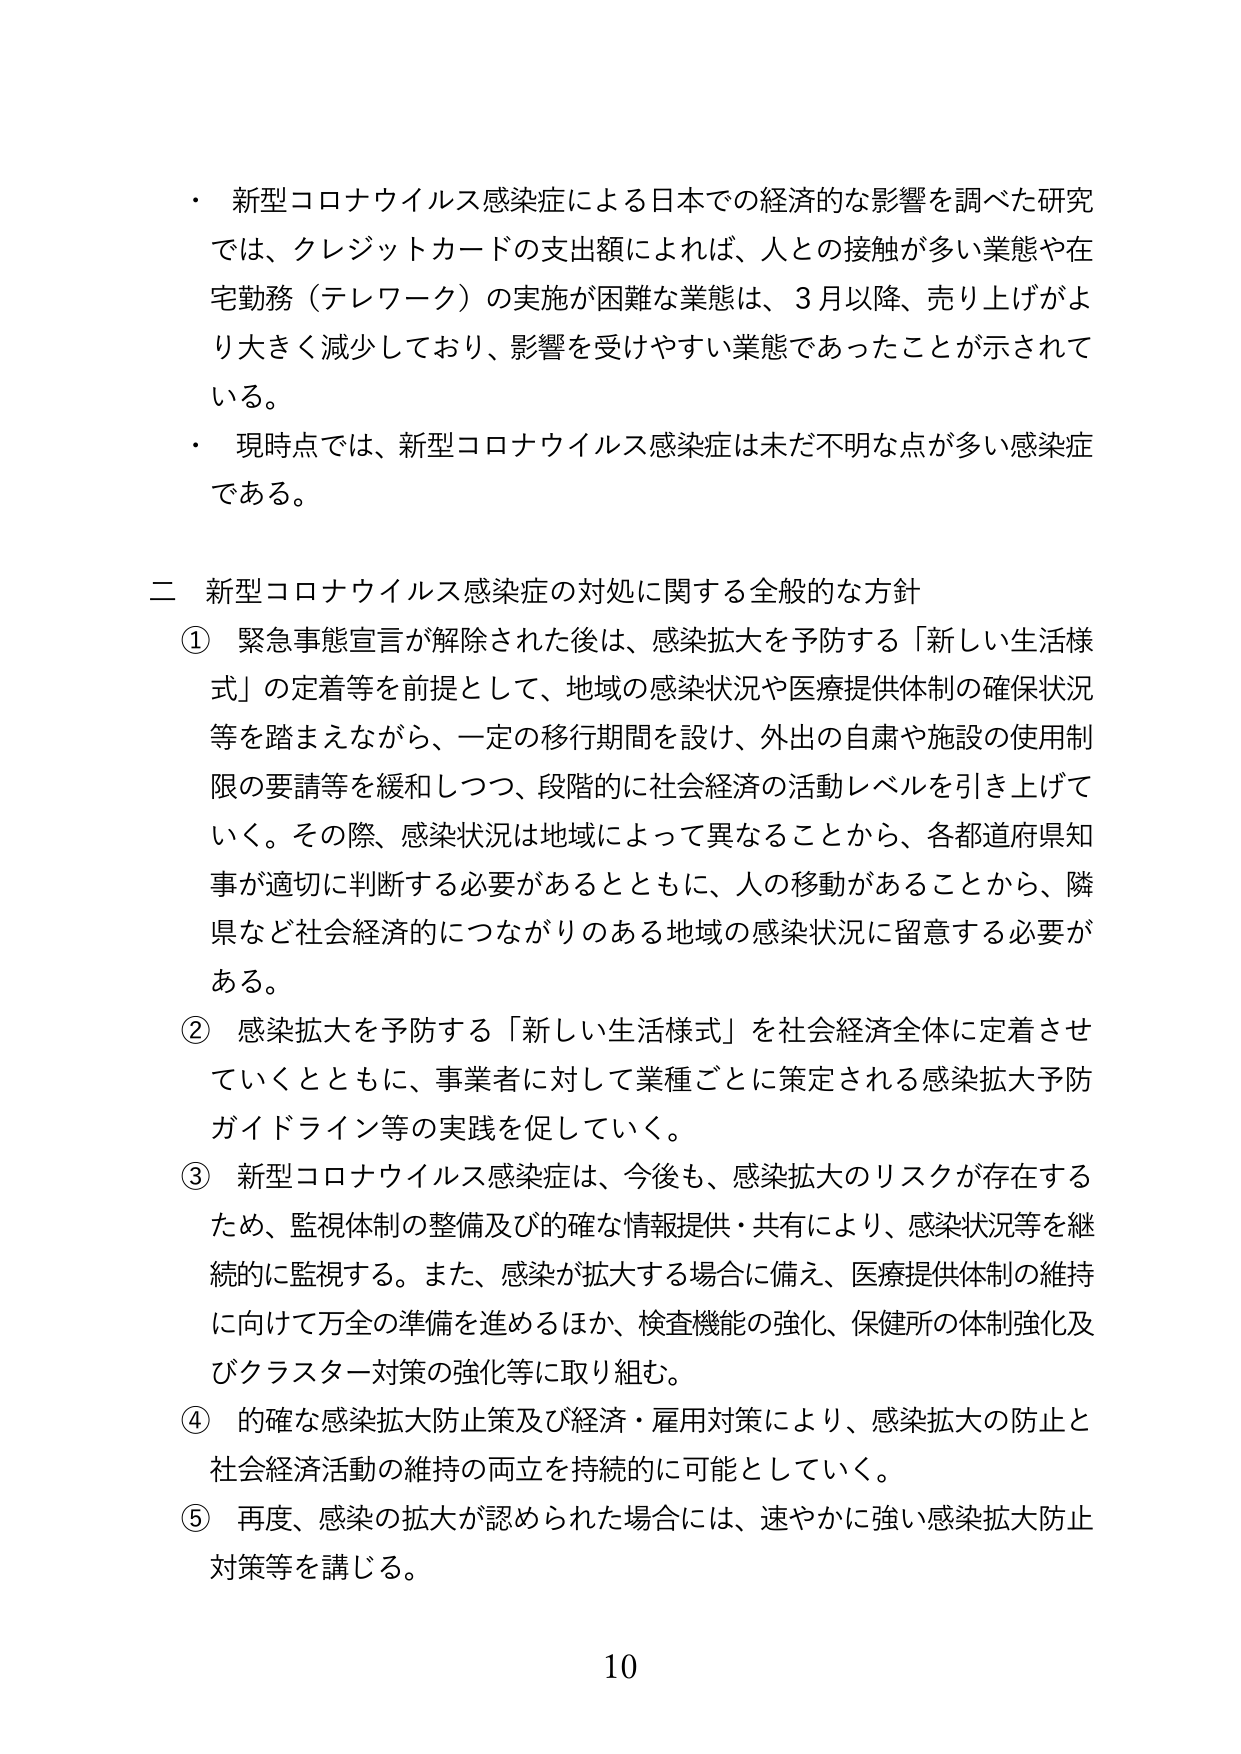
・ 新型コロナウイルス感染症による日本での経済的な影響を調べた研究では、クレジットカードの支出額によれば、人との接触が多い業態や在宅勤務（テレワーク）の実施が困難な業態は、3月以降、売り上げがより大きく減少しており、影響を受けやすい業態であったことが示されている。

・ 現時点では、新型コロナウイルス感染症は未だ不明な点が多い感染症である。

二 新型コロナウイルス感染症の対処に関する全般的な方針

① 緊急事態宣言が解除された後は、感染拡大を予防する「新しい生活様式」の定着等を前提として、地域の感染状況や医療提供体制の確保状況等を踏まえながら、一定の移行期間を設け、外出の自粛や施設の使用制限の要請等を緩和しつつ、段階的に社会経済の活動レベルを引き上げていく。その際、感染状況は地域によって異なることから、各都道府県知事が適切に判断する必要があるとともに、人の移動があることから、隣県など社会経済的につながりのある地域の感染状況に留意する必要がある。

② 感染拡大を予防する「新しい生活様式」を社会経済全体に定着させていくとともに、事業者に対して業種ごとに策定される感染拡大予防ガイドライン等の実践を促していく。

③ 新型コロナウイルス感染症は、今後も、感染拡大のリスクが存在するため、監視体制の整備及び的確な情報提供・共有により、感染状況等を継続的に監視する。また、感染が拡大する場合に備え、医療提供体制の維持に向けて万全の準備を進めるほか、検査機能の強化、保健所の体制強化及びクラスター対策の強化等に取り組む。

④ 的確な感染拡大防止策及び経済・雇用対策により、感染拡大の防止と社会経済活動の維持の両立を持続的に可能としていく。

⑤ 再度、感染の拡大が認められた場合には、速やかに強い感染拡大防止対策等を講じる。

10